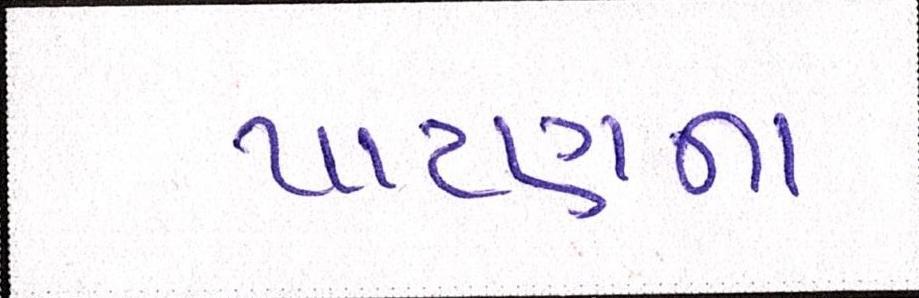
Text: પાટણના